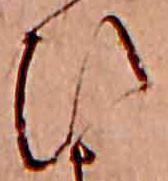
ひ